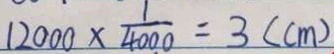
1 2 0 0 0 \times \frac { 1 } { 4 0 0 0 } = 3 ( c m )